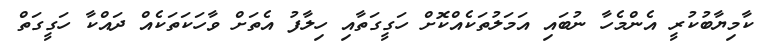
ކާމިޔާބުކުރީ އެންމެހާ ނުބައި އަމަލުތަކެއްކޮށް ހަގީގަތާއި ހިލާފު އެތަށް ވާހަކަތަކެއް ދައްކާ ހަގީގަތް